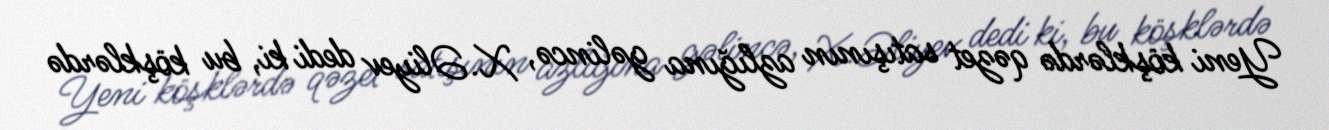
Yeni köşklərdə qəzet satışının azlığına gəlincə, X.Əliyev dedi ki, bu köşklərdə